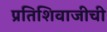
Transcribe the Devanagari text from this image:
प्रतिशिवाजीची